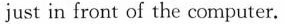
just in front of the computer.